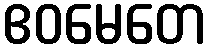
ဧဝမေတေ